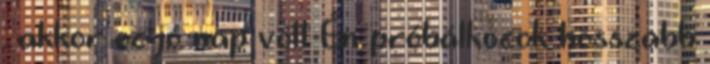
: akkor ez jó nap volt Én próbálkozok hosszabb